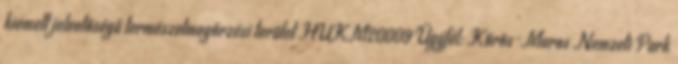
kiemelt jelentőségű természetmegőrzési terület HUKM20009 Ügyfél: Körös-Maros Nemzeti Park